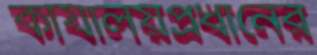
কার্যালয়প্রধানের